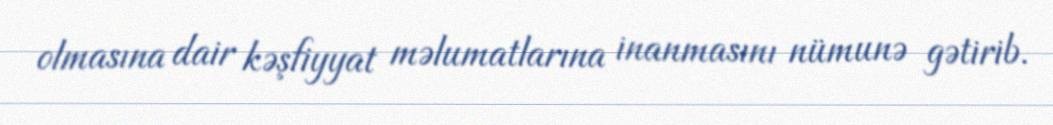
olmasına dair kəşfiyyat məlumatlarına inanmasını nümunə gətirib.